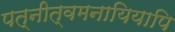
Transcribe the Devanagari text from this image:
पत्नीत्वमनायियापि